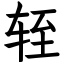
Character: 轾